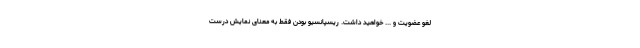
لغو عضویت و ... خواهید داشت. ریسپانسیو بودن فقط به معنای نمایش درست